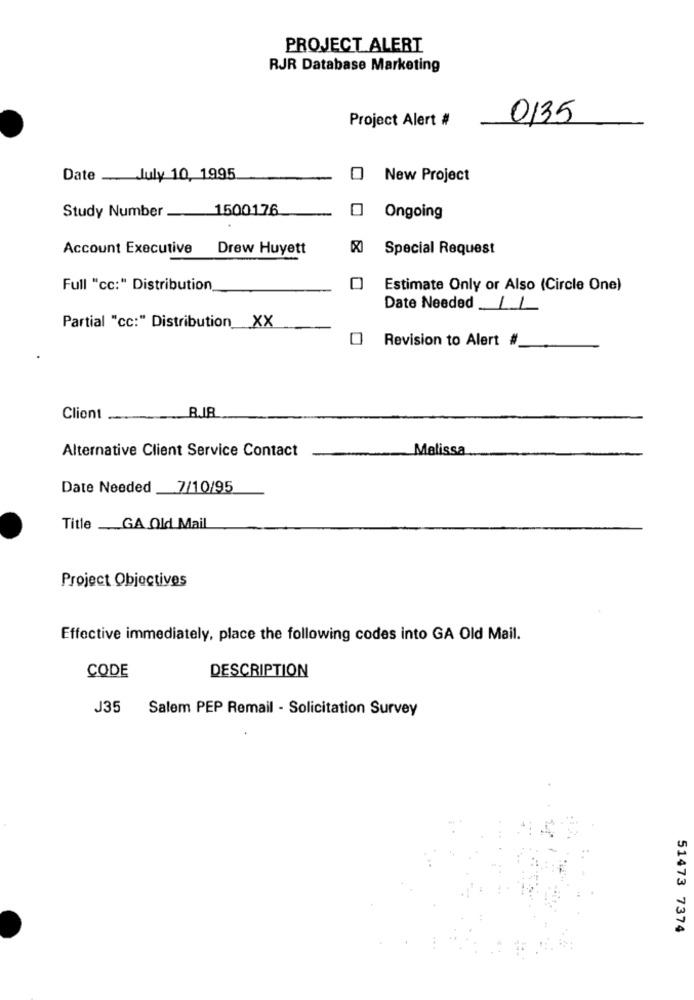
PROJECT ALERT
RJR Database Marketing
Project Alert #
0135
Date _July 10, 1995
O New Project
Study Number _1500176
Ongoing
Account Executive Drew Huyett
Special Request
Full "cc:" Distribution
O
Estimate Only or Also (Circle One)
Date Needed LL
Partial "cc:" Distribution_XX
Revision to Alert #
BIR
Client
Alternative Client Service Contact
Melissa
Date Needed 7/10/95
Title GA Old Mail
Project Objectives
Effective immediately, place the following codes into GA Old Mail.
CODE
DESCRIPTION
J35
Salem PEP Remail - Solicitation Survey
51473 7374